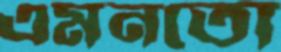
এমনতো